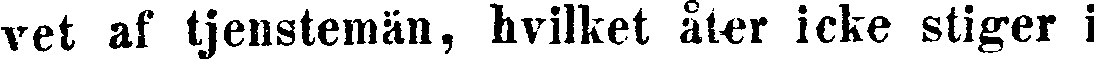
vet af tjenstemän, hvilket åter icke stiger i